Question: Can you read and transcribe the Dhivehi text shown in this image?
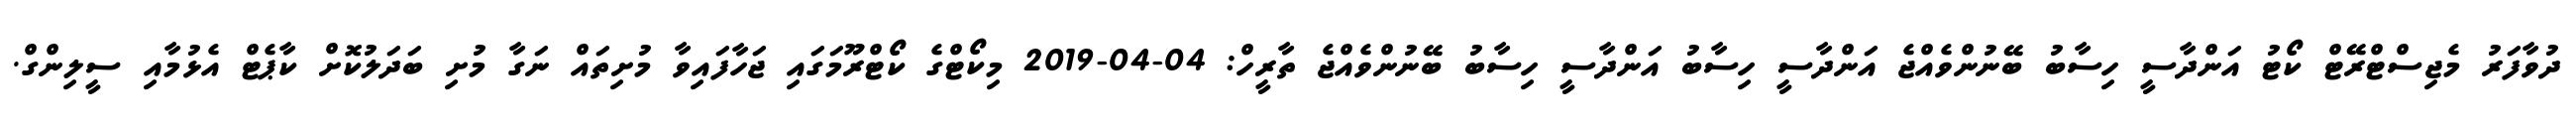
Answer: ދުވާފަރު މެޖިސްޓްރޭޓް ކޯޓު އަންދާސީ ހިސާބު ބޭނުންވެއްޖެ އަންދާސީ ހިސާބު އަންދާސީ ހިސާބު ބޭނުންވެއްޖެ ތާރީހް: 04-04-2019 މިކޯޓްގެ ކޯޓްރޫމަގައި ޖަހާފައިވާ މުށިތައް ނަގާ މުށި ބަދަލުކޮށް ކާޕެޓް އެޅުމާއި ސީލިންގް.